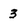
Character: 3